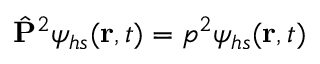
\hat { \mathbf { P } } ^ { 2 } \psi _ { h s } ( \mathbf { r } , t ) = p ^ { 2 } \psi _ { h s } ( \mathbf { r } , t )